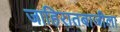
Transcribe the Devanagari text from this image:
जाहिरातबाजीला